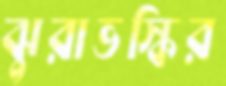
ঝুরাভস্কির